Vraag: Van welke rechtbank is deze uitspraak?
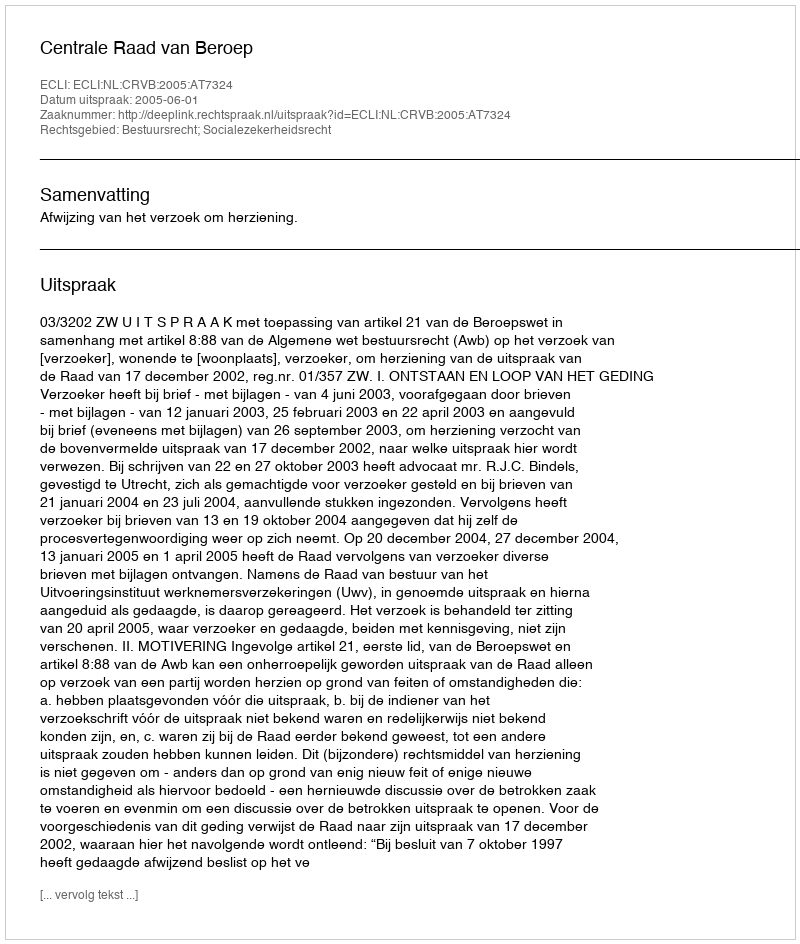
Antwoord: Centrale Raad van Beroep